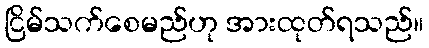
ငြိမ်သက်စေမည်ဟု အားထုတ်ရသည်။